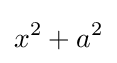
x^{2}+a^{2}\,\!